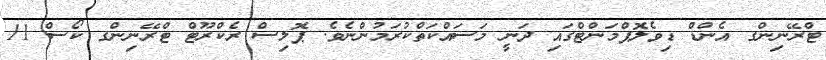
ޓްރޭނިންގ އެންޑް ޑިވެލޮޕްމަންޓްގައި ދަނީ މަސައްކަތްކުރަމުންނެވެ. ޕޮލިސް ރެކްރޫޓް ޓްރޭނިންގ ކޯސް 11